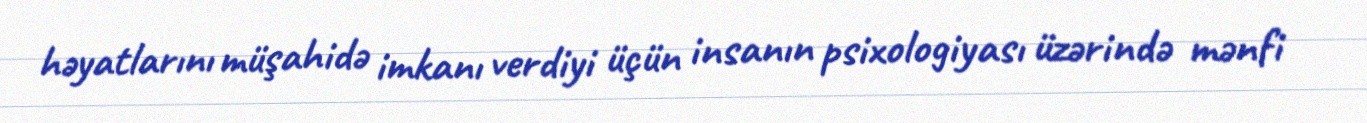
həyatlarını müşahidə imkanı verdiyi üçün insanın psixologiyası üzərində mənfi